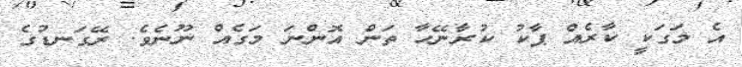
އެ މަގަކީ ކާރެއް ޕާކު ކުރާނޭހާ ތަން އޮންނަ މަގެއް ނޫނެވެ. ރޭގަނޑުގެ